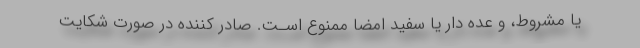
یا مشروط، و عده دار یا سفید امضا ممنوع اسـت. صادر کننده در صورت شکایت